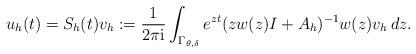
LaTeX: \begin{align*} u_h(t)= S_h(t) v_h := \frac{1}{2\pi \mathrm{i}} \int_{\Gamma_{\theta,\delta}} e^{zt}(zw(z)I+A_h)^{-1}w(z) v_h\,dz.\end{align*}